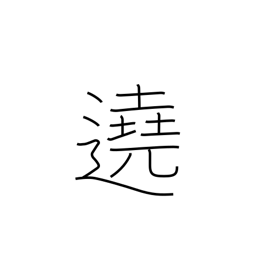
Meaning: surround